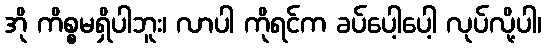
အို ကိစ္စမရှိပါဘူး၊ လာပါ ကိုရင်က ခပ်ပေါ့ပေါ့ လုပ်လို့ပါ၊